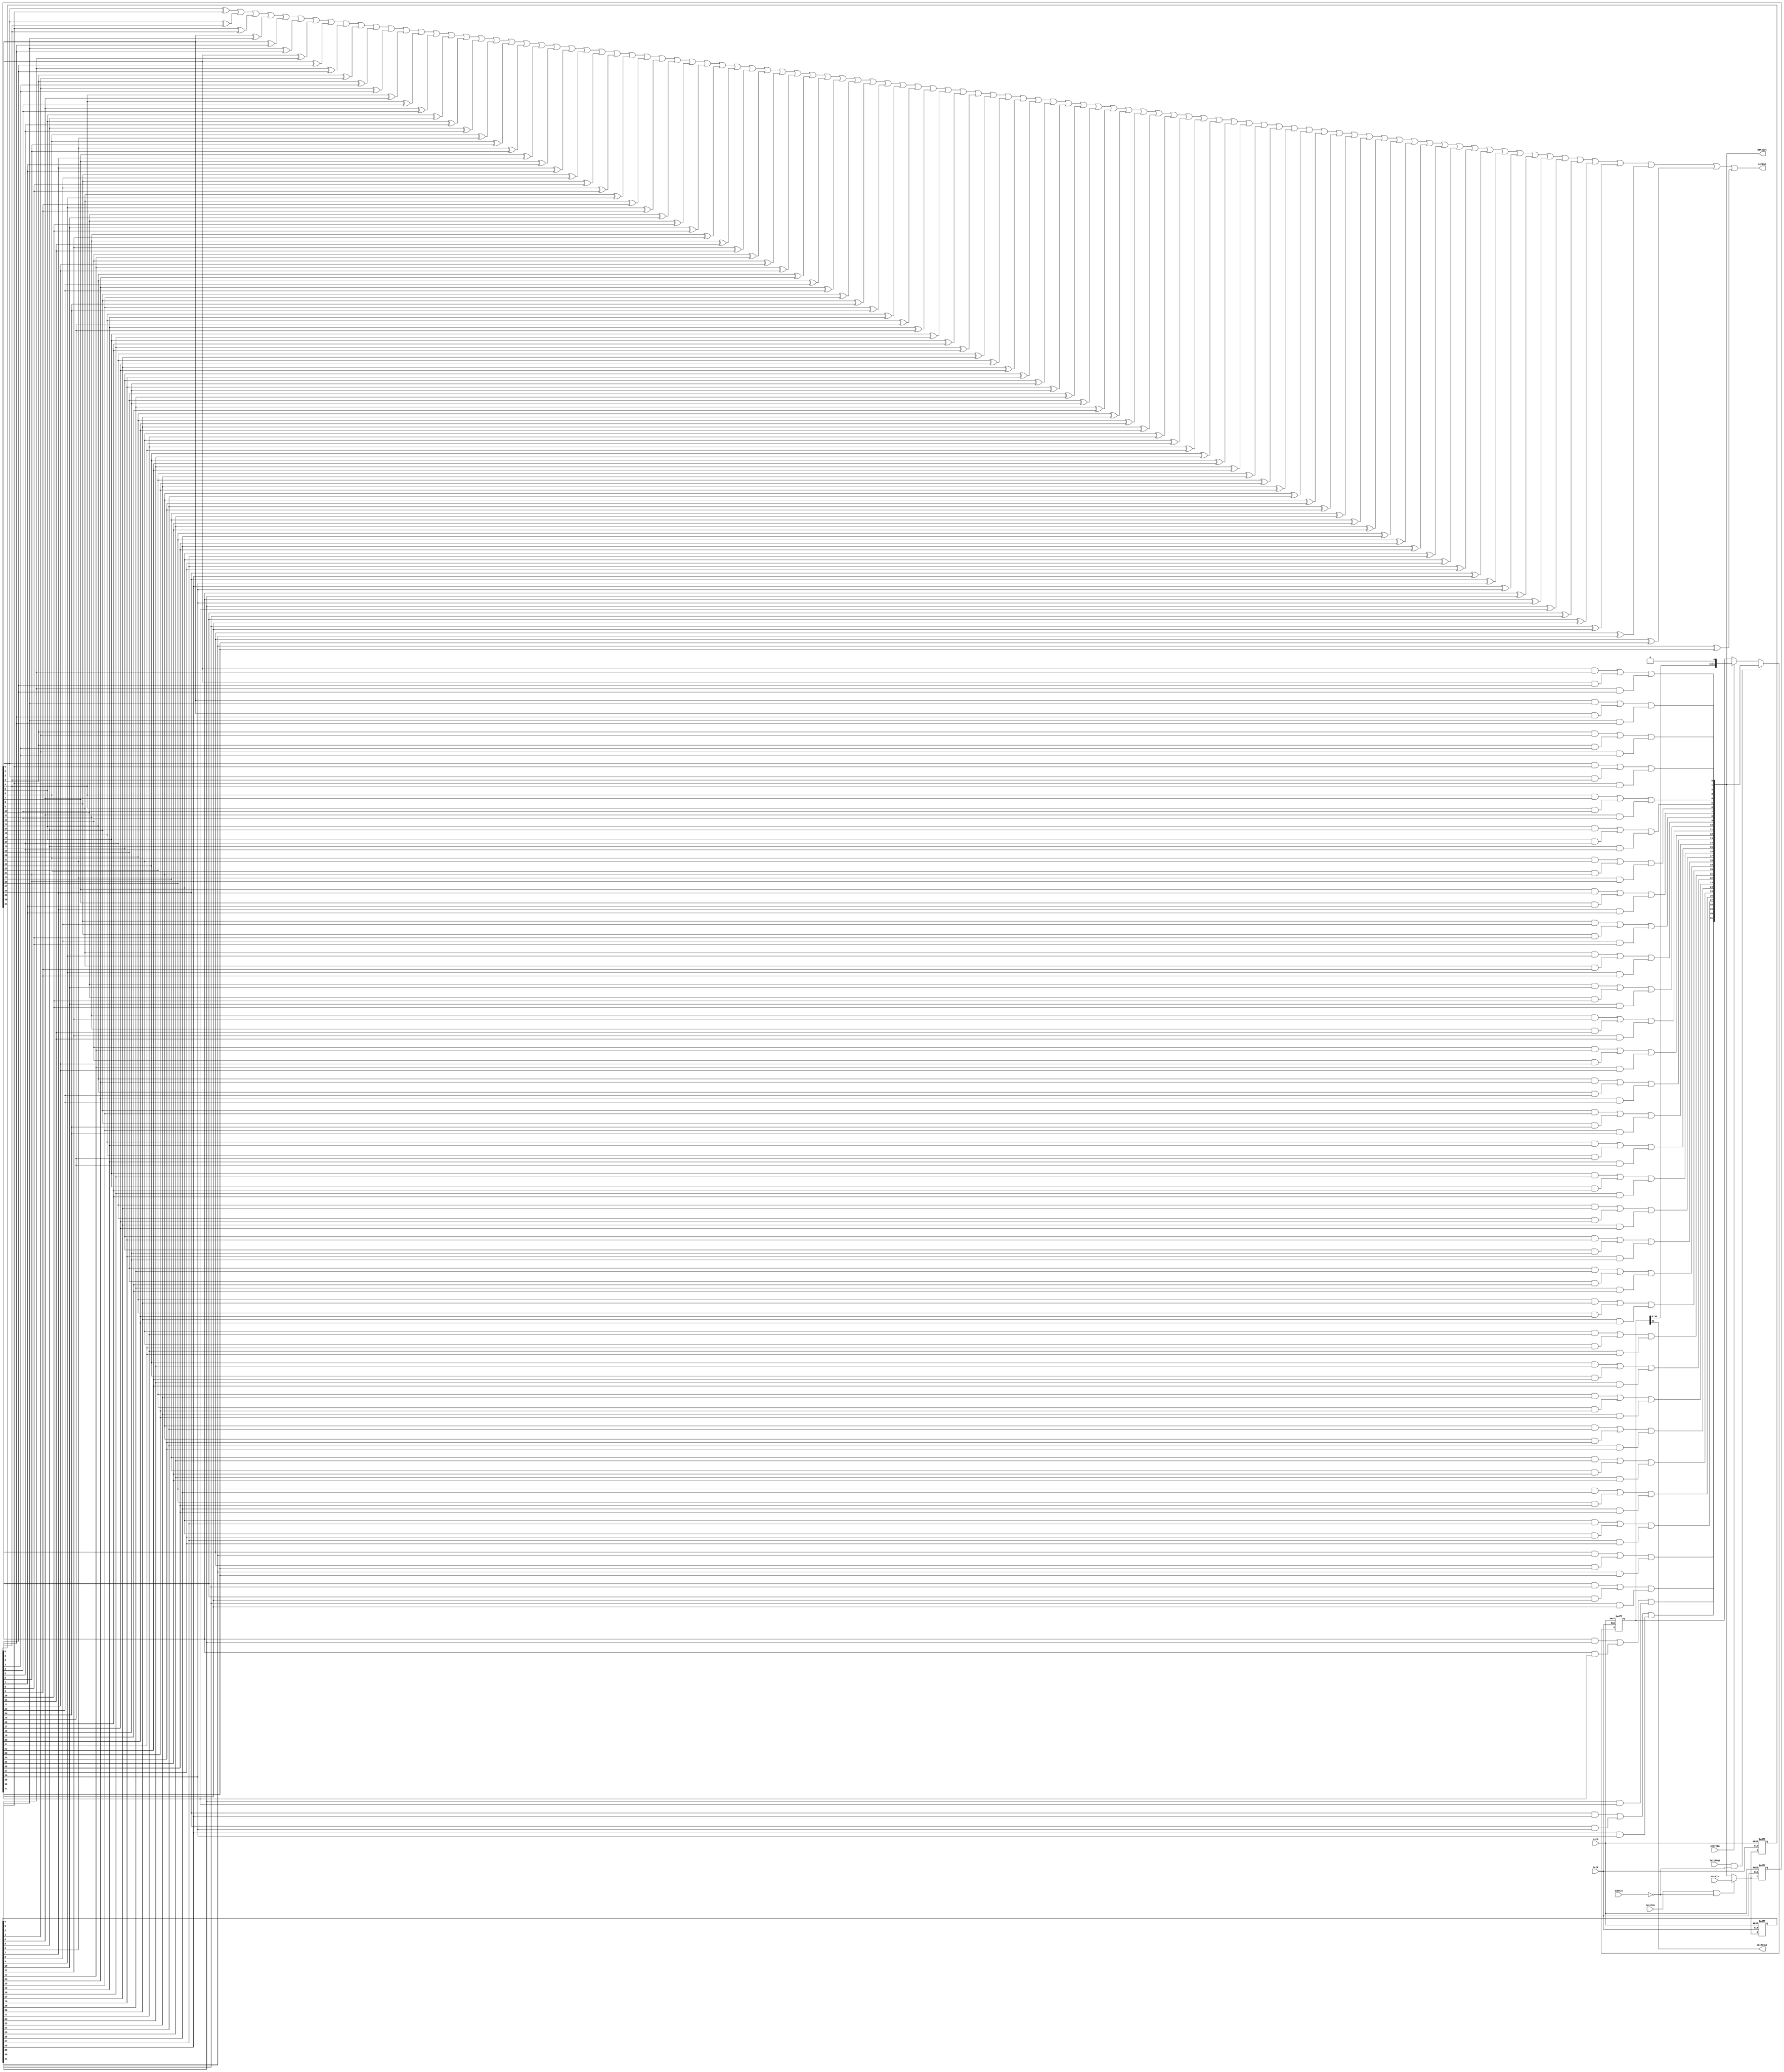
`default_nettype none
`timescale 1ns/1ps
 
// 32-bit serial loading register with triplication

module mon_reg32t #(parameter RESET_VALUE = 32'b0,
		             REG_ADDR = 8'b0 ) (
					  output wire [31:0] dataOut,
					  output wire serOut,  // Soft error
					  output wire shiftOut,
						
					  input wire bclk,
					  input wire [31:0] dataIn,
					  input wire [7:0] addrIn,
					  input wire latchIn,
					  input wire latchOut,
					  input wire shiftEn,
					  input wire rstb
					  ); 


   reg [31:0] SRa;  //state-reg A copy
   reg [31:0] SRb;  //state-reg B copy
   reg [31:0] SRc;  //state-reg C copy

   reg [31:0] shifter;  // Output shift register
   
   assign shiftOut = shifter[31];
   
   //majority logic
   genvar i;
   generate
      for ( i=0; i<32; i=i+1 )
	assign dataOut[i] = (SRa[i] & SRb[i]) | 
			    (SRa[i] & SRc[i]) | 
			    (SRb[i] & SRc[i]);
   endgenerate
   

   //soft-error detect
   assign serOut = (SRa[0] ^ SRb[0])  | (SRa[0] ^ SRc[0]) | (SRb[0] ^ SRc[0])
                 | (SRa[1] ^ SRb[1])  | (SRa[1] ^ SRc[1]) | (SRb[1] ^ SRc[1])
                 | (SRa[2] ^ SRb[2])  | (SRa[2] ^ SRc[2]) | (SRb[2] ^ SRc[2])
	         | (SRa[3] ^ SRb[3])  | (SRa[3] ^ SRc[3]) | (SRb[3] ^ SRc[3])
	         | (SRa[4] ^ SRb[4])  | (SRa[4] ^ SRc[4]) | (SRb[4] ^ SRc[4])
		 | (SRa[5] ^ SRb[5])  | (SRa[5] ^ SRc[5]) | (SRb[5] ^ SRc[5])
		 | (SRa[6] ^ SRb[6])  | (SRa[6] ^ SRc[6]) | (SRb[6] ^ SRc[6])
		 | (SRa[7] ^ SRb[7])  | (SRa[7] ^ SRc[7]) | (SRb[7] ^ SRc[7])
		 | (SRa[8] ^ SRb[8])  | (SRa[8] ^ SRc[8]) | (SRb[8] ^ SRc[8])
		 | (SRa[9] ^ SRb[9])  | (SRa[9] ^ SRc[9]) | (SRb[9] ^ SRc[9])
		 | (SRa[10] ^ SRb[10])  | (SRa[10] ^ SRc[10]) | (SRb[10] ^ SRc[10])
		 | (SRa[11] ^ SRb[11])  | (SRa[11] ^ SRc[11]) | (SRb[11] ^ SRc[11])
		 | (SRa[12] ^ SRb[12])  | (SRa[12] ^ SRc[12]) | (SRb[12] ^ SRc[12])
		 | (SRa[13] ^ SRb[13])  | (SRa[13] ^ SRc[13]) | (SRb[13] ^ SRc[13])
		 | (SRa[14] ^ SRb[14])  | (SRa[14] ^ SRc[14]) | (SRb[14] ^ SRc[14])
		 | (SRa[15] ^ SRb[15])  | (SRa[15] ^ SRc[15]) | (SRb[15] ^ SRc[15])
		 | (SRa[16] ^ SRb[16])  | (SRa[16] ^ SRc[16]) | (SRb[16] ^ SRc[16])
		 | (SRa[17] ^ SRb[17])  | (SRa[17] ^ SRc[17]) | (SRb[17] ^ SRc[17])
		 | (SRa[18] ^ SRb[18])  | (SRa[18] ^ SRc[18]) | (SRb[18] ^ SRc[18])
		 | (SRa[19] ^ SRb[19])  | (SRa[19] ^ SRc[18]) | (SRb[19] ^ SRc[19])
		 | (SRa[20] ^ SRb[20])  | (SRa[20] ^ SRc[20]) | (SRb[20] ^ SRc[20])
		 | (SRa[21] ^ SRb[21])  | (SRa[21] ^ SRc[21]) | (SRb[21] ^ SRc[21])
		 | (SRa[22] ^ SRb[22])  | (SRa[22] ^ SRc[22]) | (SRb[22] ^ SRc[22])
		 | (SRa[23] ^ SRb[23])  | (SRa[23] ^ SRc[23]) | (SRb[23] ^ SRc[23])
		 | (SRa[24] ^ SRb[24])  | (SRa[24] ^ SRc[24]) | (SRb[24] ^ SRc[24])
		 | (SRa[25] ^ SRb[25])  | (SRa[25] ^ SRc[25]) | (SRb[25] ^ SRc[25])
		 | (SRa[26] ^ SRb[26])  | (SRa[26] ^ SRc[26]) | (SRb[26] ^ SRc[26])
		 | (SRa[27] ^ SRb[27])  | (SRa[27] ^ SRc[27]) | (SRb[27] ^ SRc[27])
		 | (SRa[28] ^ SRb[28])  | (SRa[28] ^ SRc[28]) | (SRb[28] ^ SRc[28])
		 | (SRa[29] ^ SRb[29])  | (SRa[29] ^ SRc[28]) | (SRb[29] ^ SRc[29])
		 | (SRa[30] ^ SRb[30])  | (SRa[30] ^ SRc[30]) | (SRb[30] ^ SRc[30])
	         | (SRa[31] ^ SRb[31])  | (SRa[31] ^ SRc[31]) | (SRb[31] ^ SRc[31]);
   
   

   /*
    * Output shift register
    */
   always @( posedge bclk, negedge rstb )
     if ( rstb == 1'b0 )
       shifter <= 32'h0;
     else if ( (latchOut == 1'b1) && (addrIn == REG_ADDR) )
       shifter <= dataOut;
     else if ( shiftEn == 1'b1 )
       shifter <= {shifter[30:0], 1'b0};
   
   /*
    * Register state
    */
   always @(posedge bclk, negedge rstb )
     if ( rstb == 1'b0 ) begin
	SRa <= RESET_VALUE;
	SRb <= RESET_VALUE;
	SRc <= RESET_VALUE;
     end
     else
       if ( (latchIn == 1'b1) && (addrIn == REG_ADDR) ) begin
          SRa <= dataIn;
          SRb <= dataIn;
          SRc <= dataIn;
       end
       else begin
	  SRa <=  dataOut;  // refresh majority-logic'ed value
	  SRb <=  dataOut;  // refresh majority-logic'ed value
	  SRc <=  dataOut;  // refresh majority-logic'ed value
       end
   
	  
endmodule // mon_reg32t